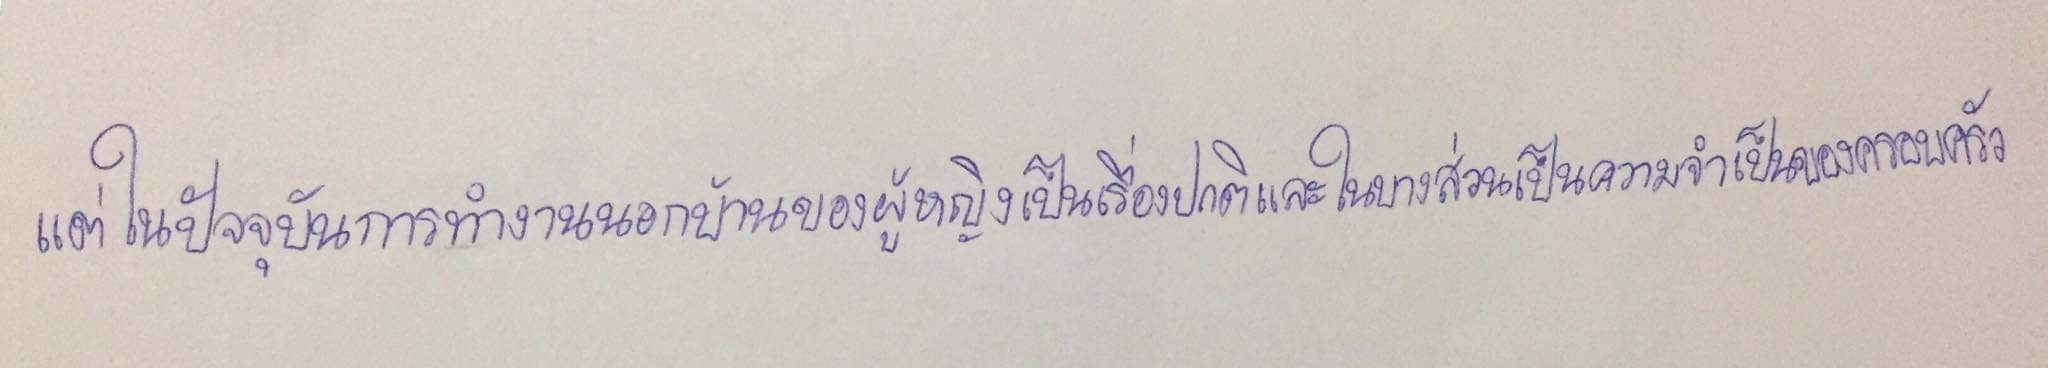
แต่ในปัจจุบันการทำงานนอกบ้านของผู้หญิงเป็นเรื่องปกติและในบางส่วนเป็นความจำเป็นของครอบครัว